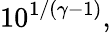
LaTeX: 10^{1/(\gamma-1)},